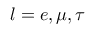
l = e , \mu , \tau